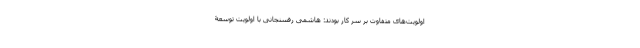
اولویت‌های متفاوت بر سر کار بودند: هاشمی رفسنجانی با اولویت توسعۀ